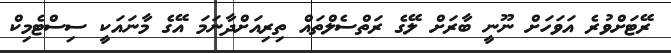
ރޭޓަށްވުރެ އަވަހަށް ނޫނީ ބާރަށް ލޭގެ ރަތްސެލްތައް ތިރިއަށްދާނަމަ އޭގެ މާނައަކީ ސިސްޓެމިކް